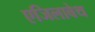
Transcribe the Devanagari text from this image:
एजिलाबेथ